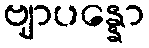
ဗျာပန္နော